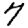
Digit: 7